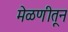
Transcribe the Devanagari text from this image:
मेळणीतून